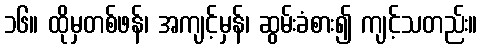
၁၆။ ထိုမှတစ်ဖန်၊ အကျင့်မှန်၊ ဆွမ်းခံစား၍ ကျင့်သတည်း။